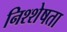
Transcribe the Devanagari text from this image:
निश्शेषता